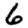
Digit: 6